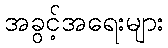
အခွင့်အရေးများ